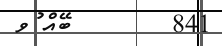
841        ބޭއް ުވ